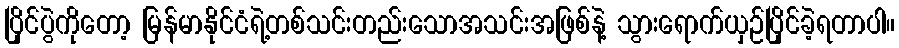
ပြိုင်ပွဲကိုတော့ မြန်မာနိုင်ငံရဲ့တစ်သင်းတည်းသောအသင်းအဖြစ်နဲ့ သွားရောက်ယှဉ်ပြိုင်ခဲ့ရတာပါ။